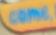
come